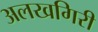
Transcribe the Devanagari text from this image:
अलखगिरी